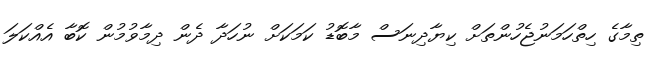
ތިމާގެ ހިތްހަމަނުޖެހުންތަށް ކިޔާދިނަސް މާބޮޑު ކަމަކަށް ނުހަދާ ދެން ދިމާވުމުން ކޮބާ އެއްކަލަ